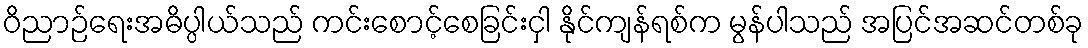
ဝိညာဉ်ရေးအဓိပ္ပါယ်သည် ကင်းစောင့်စေခြင်းငှါ နိုင်ကျန်ရစ်က မွန်ပါသည် အပြင်အဆင်တစ်ခု